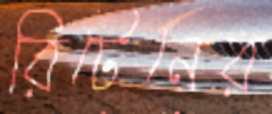
রিটেনের